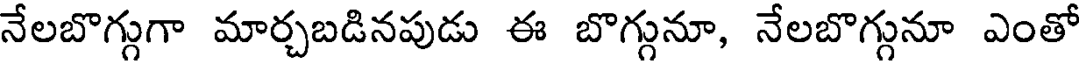
నేలబొగ్గుగా మార్చబడినపుడు ఈ బొగ్గునూ, నేలబొగ్గునూ ఎంతో